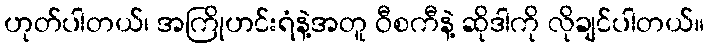
ဟုတ်ပါတယ်၊ အကြိုဟင်းရံနဲ့အတူ ဝီစကီနဲ့ ဆိုဒါကို လိုချင်ပါတယ်။